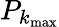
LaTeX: P_{k_{\mathrm{max}}}